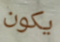
يكون